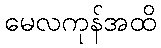
မေလကုန်အထိ